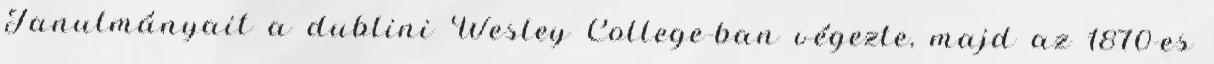
Tanulmányait a dublini Wesley College-ban végezte, majd az 1870-es